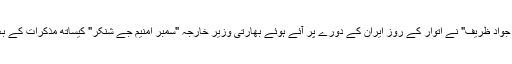
ان خیالات کا اظہار "محمد جواد ظریف" نے اتوار کے روز ایران کے دورے پر آئے ہوئے بھارتی وزیر خارجہ "سمبر امنیم جے شنکر" کیساتھ مذکرات کے بعد ایک ٹوئٹر پیغام میں کیا۔